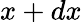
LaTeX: x+dx